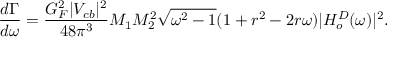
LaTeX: \frac { d \Gamma } { d \omega } = \frac { G _ { F } ^ { 2 } | V _ { c b } | ^ { 2 } } { 4 8 \pi ^ { 3 } } M _ { 1 } M _ { 2 } ^ { 2 } \sqrt { \omega ^ { 2 } - 1 } ( 1 + r ^ { 2 } - 2 r \omega ) | H _ { o } ^ { D } ( \omega ) | ^ { 2 } .